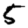
Digit: 5